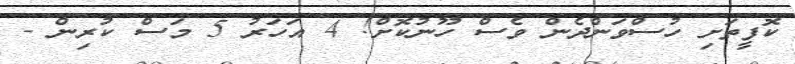
ކޮފީތަށި ހުސްވަންދެން ވެސް ހޫނުކޮށް! 4 އަހަރު 5 މަސް ކުރިން -